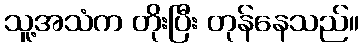
သူ့အသံက တိုးပြီး တုန်နေသည်။